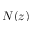
N ( z )